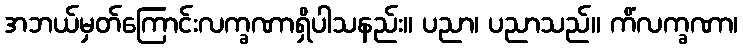
အဘယ်မှတ်ကြောင်းလက္ခဏာရှိပါသနည်း။ ပညာ၊ ပညာသည်။ ကိံလက္ခဏာ၊